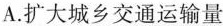
A.扩大城乡交通运输量